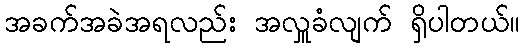
အခက်အခဲအရလည်း အလှူခံလျက် ရှိပါတယ်။